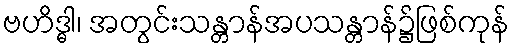
ဗဟိဒ္ဓါ၊ အတွင်းသန္တာန်အပသန္တာန်၌ဖြစ်ကုန်